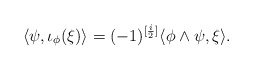
\begin{align*} \langle\psi,\iota_\phi(\xi)\rangle= (-1)^{[\frac{i}{2}]}\langle\phi\wedge\psi,\xi\rangle.\end{align*}